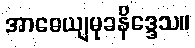
အာဓေယျမုခနိဒ္ဒေသ။